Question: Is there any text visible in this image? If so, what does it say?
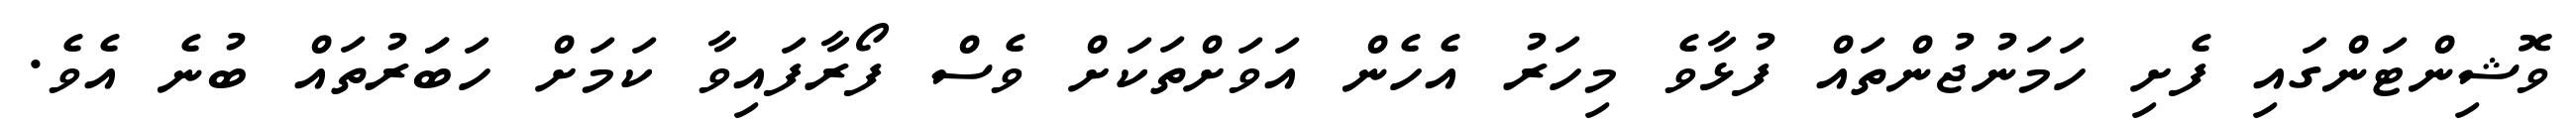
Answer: ވޮޝިންޓަންގައި ފެށި ހަމަނުޖުންތައް ފުޅާވެ މިހަރު އެހެން އަވަށްތަކަށް ވެސް ފޯރާފައިވާ ކަމަށް ހަބަަރުތައް ބުނެ އެވެ.